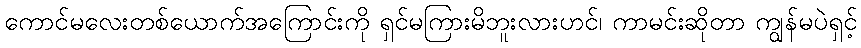
ကောင်မလေးတစ်ယောက်အကြောင်းကို ရှင်မကြားမိဘူးလားဟင်၊ ကာမင်းဆိုတာ ကျွန်မပဲရှင့်